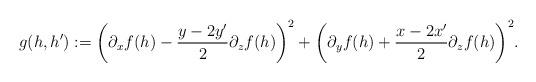
LaTeX: \begin{align*}g(h,h'):={\left(\partial_xf(h)-\frac{y-2y'}{2}\partial_zf(h)\right)^2}+{\left(\partial_yf(h)+\frac{x-2x'}{2}\partial_zf(h)\right)}^2.\end{align*}